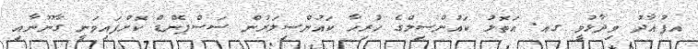
އފުއާދު ވިދާޅުވީ ގއ. އަތޮޅު ކައުންސިލްގެ ހުރިހާ ކައުންސިލަރުން ސަސްޕެންޑް ކޮށްފައިވަނީ ގާނޫނާއި